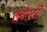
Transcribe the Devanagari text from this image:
लेबोरटरी